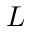
L _ { \sun }